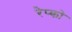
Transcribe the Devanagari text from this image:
रेप्को